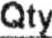
QTY